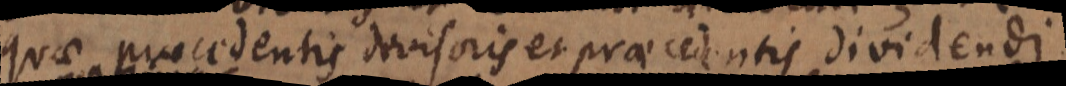
quae praecedentis divisoris et praecedentis dividendi;